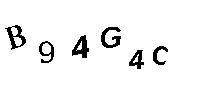
B94G4C